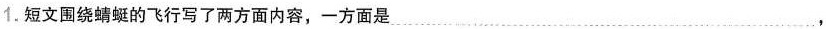
1.短文围绕蜻蜓的飞行写了两方面内容，一方面是 …，